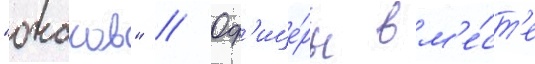
"очаков" // Оф'ице́ры вм'е́ст'е